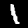
Digit: 1